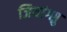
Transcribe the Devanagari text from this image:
जियांग्सु